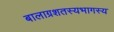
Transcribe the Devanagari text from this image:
बालाग्रशतस्यभागस्य